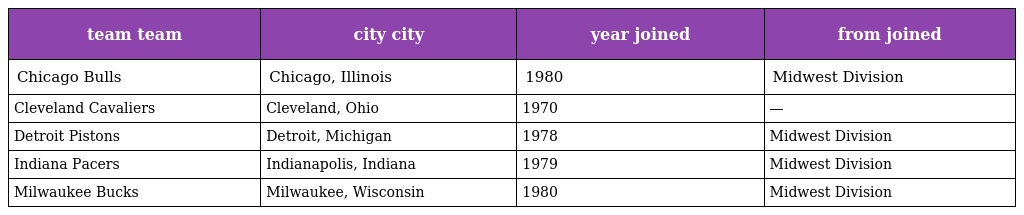
| team team | city city | year joined | from joined |
 | --- | --- | --- | --- |
 | Chicago Bulls | Chicago, Illinois | 1980 | Midwest Division |
 | Cleveland Cavaliers | Cleveland, Ohio | 1970 | — |
 | Detroit Pistons | Detroit, Michigan | 1978 | Midwest Division |
 | Indiana Pacers | Indianapolis, Indiana | 1979 | Midwest Division |
 | Milwaukee Bucks | Milwaukee, Wisconsin | 1980 | Midwest Division |